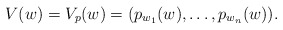
\begin{align*}V(w)=V_p(w)=(p_{w_1}(w),\dotsc,p_{w_n}(w)).\end{align*}